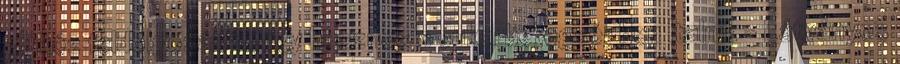
glükóz feldolgozását, így hasznos a cukorbetegségben Italnik - Látványos